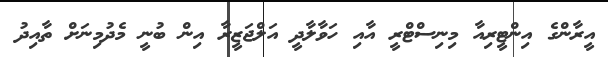
އީރާންގެ އިންޓީރިއާ މިނިސްޓްރީ އާއި ހަވާލާދީ އަލްޖަޒީރާ އިން ބުނީ މެދުމިނަށް ތާއިދު